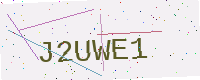
Text: J2UWE1